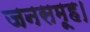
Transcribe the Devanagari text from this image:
जनसमूह।